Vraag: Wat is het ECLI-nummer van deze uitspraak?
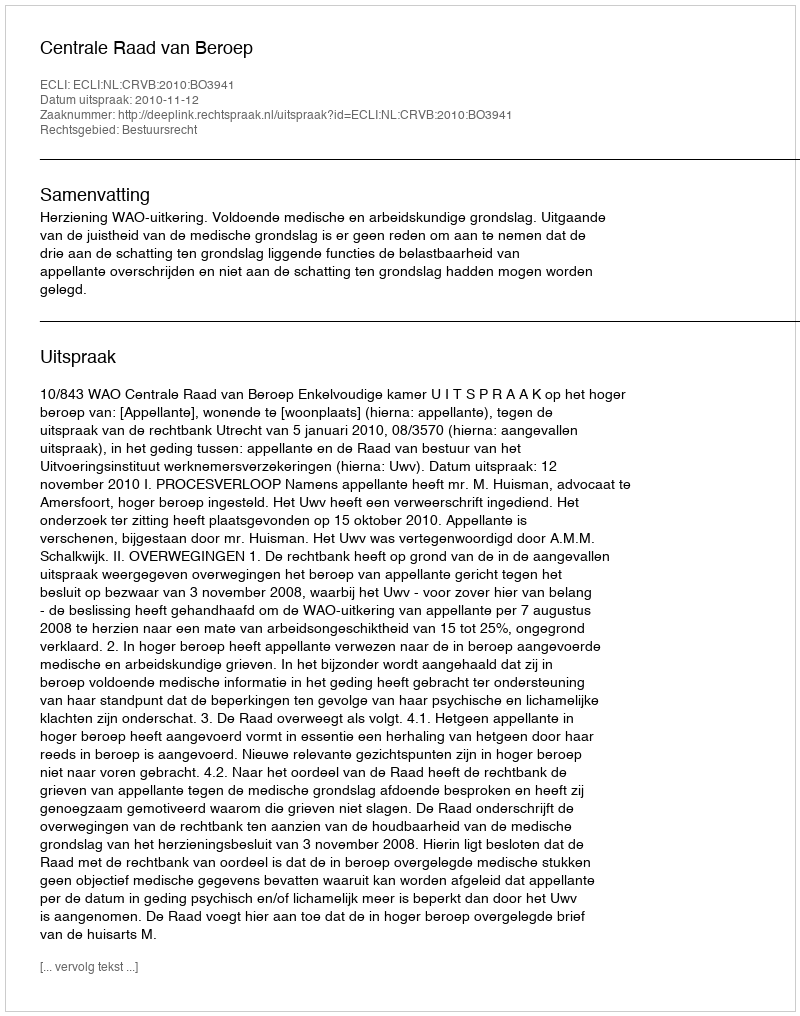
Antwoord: ECLI:NL:CRVB:2010:BO3941